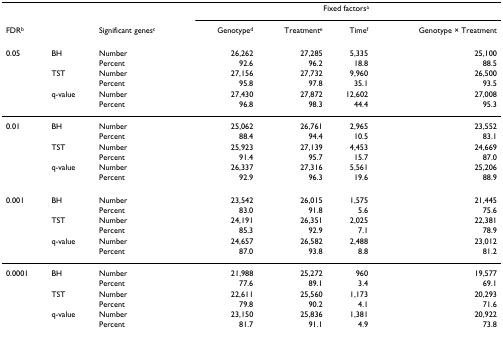
<table><thead><tr><td></td><td></td><td></td><td colspan="4"><b>Fixed factors<sup>a</sup></b></td></tr><tr><td><b>FDR<sup>b</sup></b></td><td></td><td><b>Significant genes<sup>c</sup></b></td><td><b>Genotype<sup>d</sup></b></td><td><b>Treatment<sup>e</sup></b></td><td><b>Time<sup>f</sup></b></td><td><b>Genotype × Treatment</b></td></tr></thead><tbody><tr><td>0.05</td><td>BH</td><td>Number</td><td>26,262</td><td>27,285</td><td>5,335</td><td>25,100</td></tr><tr><td></td><td></td><td>Percent</td><td>92.6</td><td>96.2</td><td>18.8</td><td>88.5</td></tr><tr><td></td><td>TST</td><td>Number</td><td>27,156</td><td>27,732</td><td>9,960</td><td>26,500</td></tr><tr><td></td><td></td><td>Percent</td><td>95.8</td><td>97.8</td><td>35.1</td><td>93.5</td></tr><tr><td></td><td>q-value</td><td>Number</td><td>27,430</td><td>27,872</td><td>12,602</td><td>27,008</td></tr><tr><td></td><td></td><td>Percent</td><td>96.8</td><td>98.3</td><td>44.4</td><td>95.3</td></tr><tr><td>0.01</td><td>BH</td><td>Number</td><td>25,062</td><td>26,761</td><td>2,965</td><td>23,552</td></tr><tr><td></td><td></td><td>Percent</td><td>88.4</td><td>94.4</td><td>10.5</td><td>83.1</td></tr><tr><td></td><td>TST</td><td>Number</td><td>25,923</td><td>27,139</td><td>4,453</td><td>24,669</td></tr><tr><td></td><td></td><td>Percent</td><td>91.4</td><td>95.7</td><td>15.7</td><td>87.0</td></tr><tr><td></td><td>q-value</td><td>Number</td><td>26,337</td><td>27,316</td><td>5,561</td><td>25,206</td></tr><tr><td></td><td></td><td>Percent</td><td>92.9</td><td>96.3</td><td>19.6</td><td>88.9</td></tr><tr><td>0.001</td><td>BH</td><td>Number</td><td>23,542</td><td>26,015</td><td>1,575</td><td>21,445</td></tr><tr><td></td><td></td><td>Percent</td><td>83.0</td><td>91.8</td><td>5.6</td><td>75.6</td></tr><tr><td></td><td>TST</td><td>Number</td><td>24,191</td><td>26,351</td><td>2,025</td><td>22,381</td></tr><tr><td></td><td></td><td>Percent</td><td>85.3</td><td>92.9</td><td>7.1</td><td>78.9</td></tr><tr><td></td><td>q-value</td><td>Number</td><td>24,657</td><td>26,582</td><td>2,488</td><td>23,012</td></tr><tr><td></td><td></td><td>Percent</td><td>87.0</td><td>93.8</td><td>8.8</td><td>81.2</td></tr><tr><td>0.0001</td><td>BH</td><td>Number</td><td>21,988</td><td>25,272</td><td>960</td><td>19,577</td></tr><tr><td></td><td></td><td>Percent</td><td>77.6</td><td>89.1</td><td>3.4</td><td>69.1</td></tr><tr><td></td><td>TST</td><td>Number</td><td>22,611</td><td>25,560</td><td>1,173</td><td>20,293</td></tr><tr><td></td><td></td><td>Percent</td><td>79.8</td><td>90.2</td><td>4.1</td><td>71.6</td></tr><tr><td></td><td>q-value</td><td>Number</td><td>23,150</td><td>25,836</td><td>1,381</td><td>20,922</td></tr><tr><td></td><td></td><td>Percent</td><td>81.7</td><td>91.1</td><td>4.9</td><td>73.8</td></tr></tbody></table>